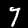
Digit: 7